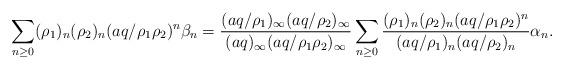
LaTeX: \begin{align*} \sum_{n \geq 0} (\rho_1)_n(\rho_2)_n (aq/\rho_1 \rho_2)^n \beta_n = \frac{(aq/\rho_1)_{\infty}(aq/\rho_2)_{\infty}}{(aq)_{\infty}(aq/\rho_1 \rho_2)_{\infty}} \sum_{n \geq 0} \frac{(\rho_1)_n(\rho_2)_n(aq/\rho_1 \rho_2)^n }{(aq/\rho_1)_n(aq/\rho_2)_n}\alpha_n.\end{align*}